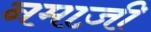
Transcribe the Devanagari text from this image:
नमाज़ी